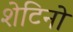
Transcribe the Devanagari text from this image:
शेटिनो